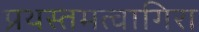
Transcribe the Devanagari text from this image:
प्रथस्तमत्वागिरा